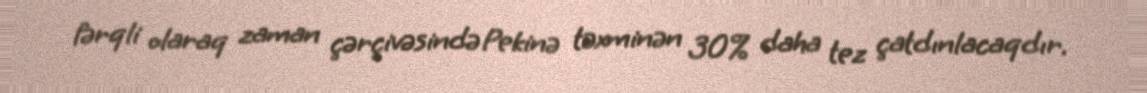
fərqli olaraq zaman çərçivəsində Pekinə təxminən 30% daha tez çatdınlacaqdır.